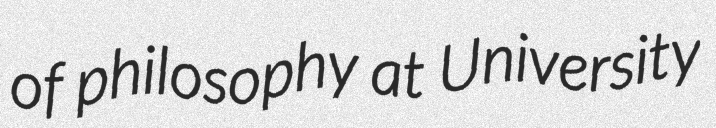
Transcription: of philosophy at University